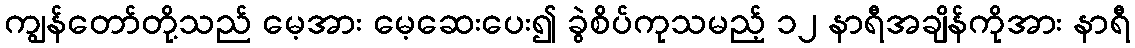
ကျွန်တော်တို့သည် မေ့အား မေ့ဆေးပေး၍ ခွဲစိပ်ကုသမည့် ၁၂ နာရီအချိန်ကိုအား နာရီ